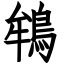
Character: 鴾